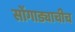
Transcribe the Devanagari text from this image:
सोंगाड्याचीच